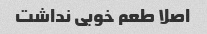
اصلا طعم خوبی نداشت